Lunatic asylums in Bengal annual reports 1888-1898 - 1888-1898
Year: 1888
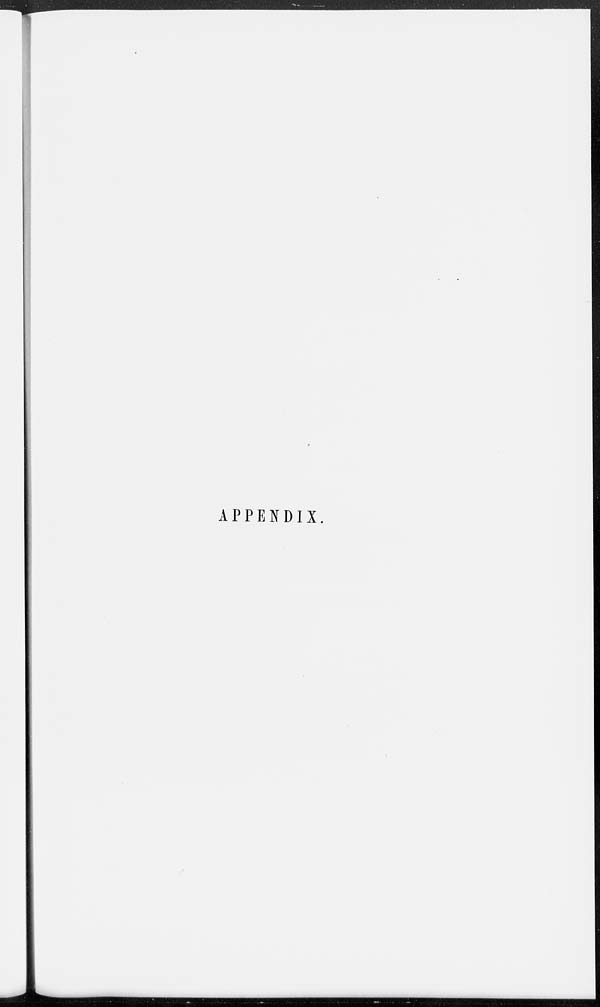
APPENDIX.